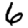
Digit: 6